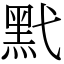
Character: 黓